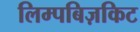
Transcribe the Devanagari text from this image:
लिम्पबिज़किट